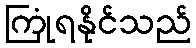
ကြုံရနိုင်သည်